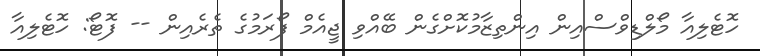
ހޮޓެލިއާ މޯލްޑިވްސްއިން އިންތިޒާމުކޮށްގެން ބޭއްވި ޖީއެމް ފޯރަމުގެ ތެރެއިން -- ފޮޓޯ: ހޮޓެލިއާ